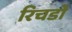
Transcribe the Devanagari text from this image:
रिचर्डो